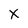
Character: x